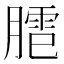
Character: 𰯍